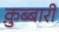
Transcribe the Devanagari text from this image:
क़ुब्बारी